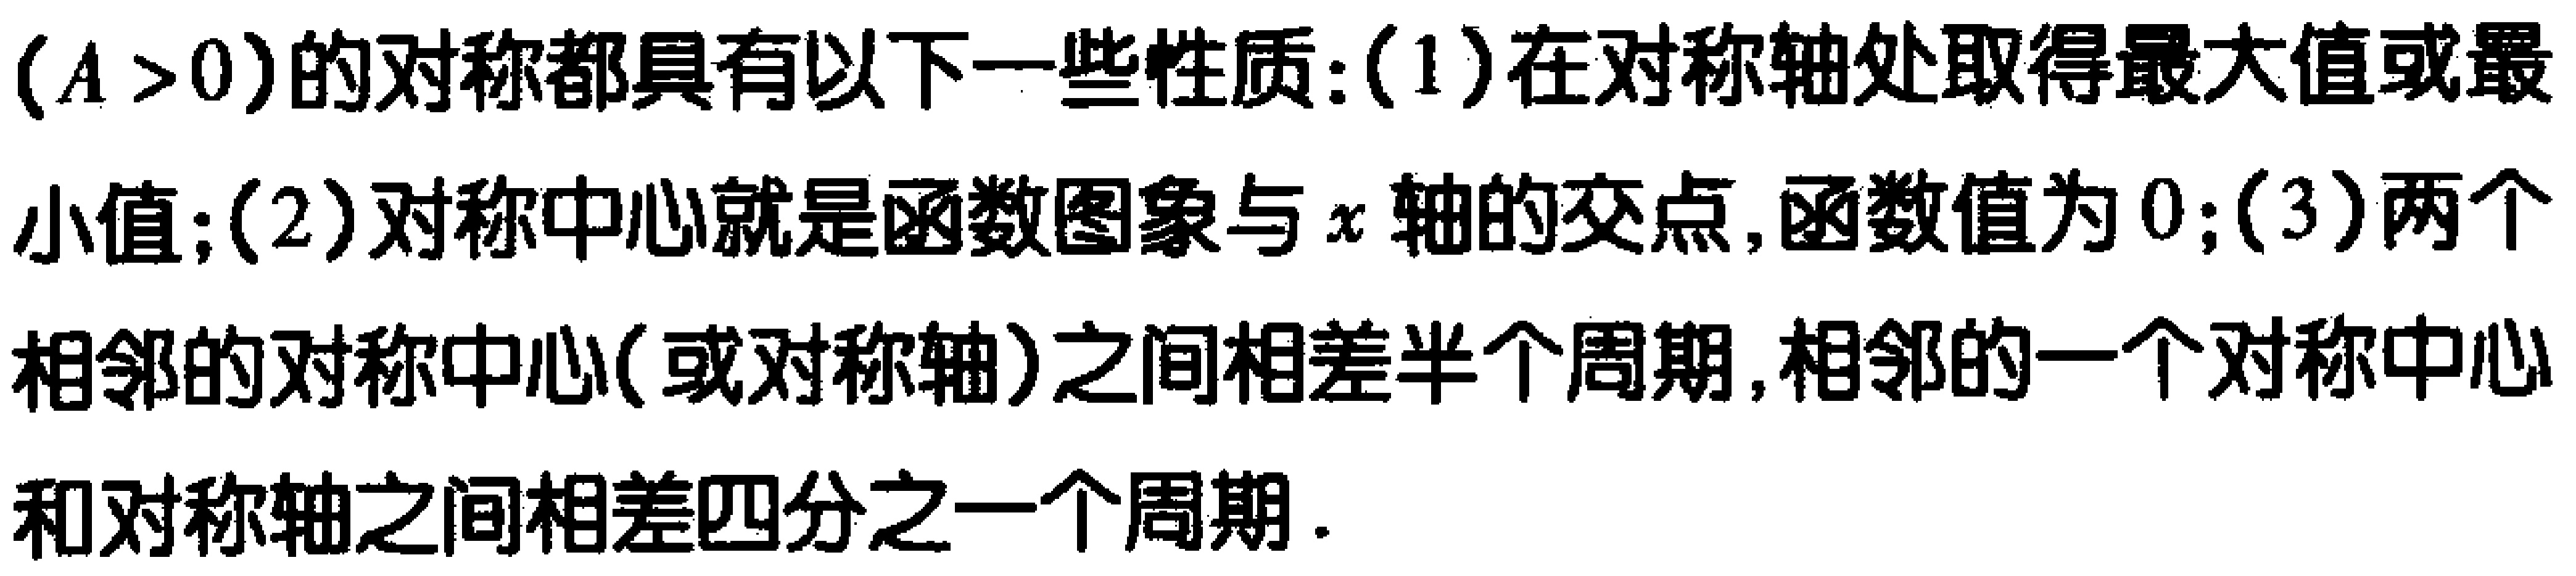
$(A > 0)$的对称都具有以下一些性质: (1)在对称轴处取得最大值或最小值; (2)对称中心就是函数图象与$x$轴的交点,函数值为$0$; (3)两个相邻的对称中心(或对称轴)之间相差半个周期,相邻的一个对称中心和对称轴之间相差四分之一个周期.